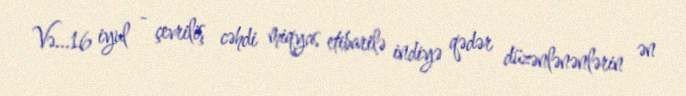
Və...16 iyul - çevriliş cəhdi miqyas etibarilə indiyə qədər düzənlənənlərin ən